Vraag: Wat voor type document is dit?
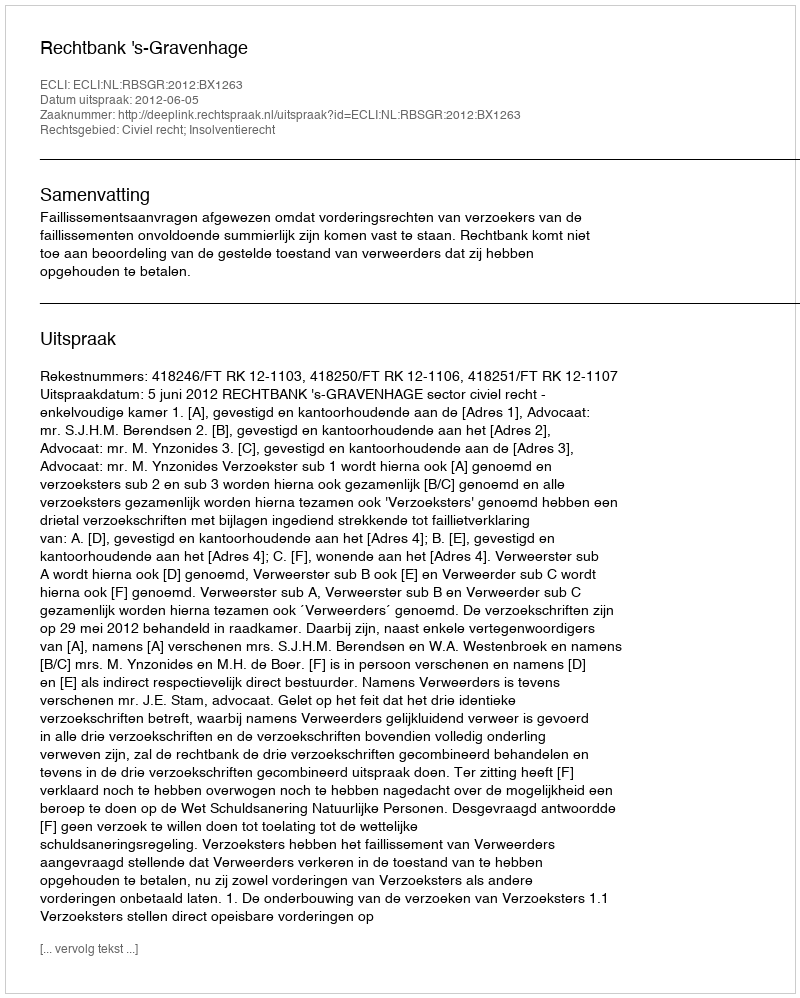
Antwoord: Uitspraak